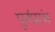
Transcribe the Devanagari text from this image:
पुर्नप्रारंभ